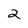
Character: 2